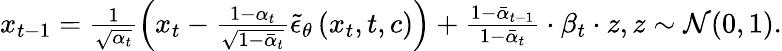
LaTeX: \begin{array}{r}{x_{t-1}=\frac{1}{\sqrt{\alpha_{t}}}\left(x_{t}-\frac{1-\alpha_{t}}{\sqrt{1-\bar{\alpha}_{t}}}\tilde{\epsilon}_{\theta}\left(x_{t},t,c\right)\right)+\frac{1-{{{\bar{\alpha}}}_{t-1}}}{1-{{{\bar{\alpha}}}_{t}}}\cdot{{\beta}_{t}}\cdot z,z\sim\mathcal{N}(0,1).}\end{array}